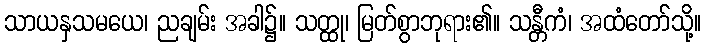
သာယနှသမယေ၊ ညချမ်း အခါ၌။ သတ္ထု၊ မြတ်စွာဘုရား၏။ သန္တီကံ၊ အထံတော်သို့။